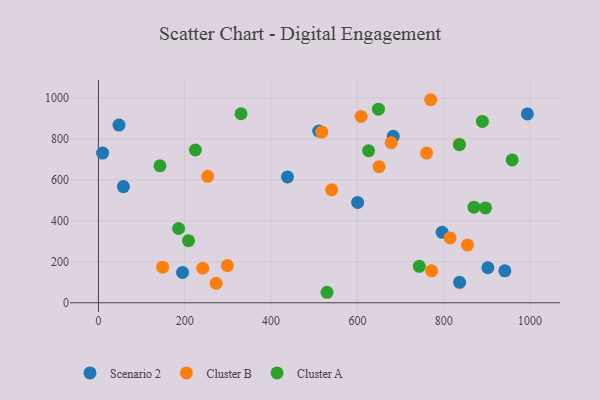
{"axis": {"x": "Speed", "y": "Rating"}, "legend": ["Cluster A", "Cluster B", "Scenario 2"], "data": [{"x": "438.0", "y": 614.2, "type": "Scenario 2"}, {"x": "194.9", "y": 148.1, "type": "Scenario 2"}, {"x": "836.8", "y": 99.5, "type": "Scenario 2"}, {"x": "600.6", "y": 489.5, "type": "Scenario 2"}, {"x": "47.7", "y": 867.1, "type": "Scenario 2"}, {"x": "993.9", "y": 921.4, "type": "Scenario 2"}, {"x": "683.0", "y": 812.0, "type": "Scenario 2"}, {"x": "9.7", "y": 730.4, "type": "Scenario 2"}, {"x": "941.7", "y": 155.8, "type": "Scenario 2"}, {"x": "796.4", "y": 343.5, "type": "Scenario 2"}, {"x": "902.3", "y": 170.9, "type": "Scenario 2"}, {"x": "510.3", "y": 837.9, "type": "Scenario 2"}, {"x": "57.9", "y": 566.8, "type": "Scenario 2"}, {"x": "253.1", "y": 617.0, "type": "Cluster B"}, {"x": "760.3", "y": 730.5, "type": "Cluster B"}, {"x": "678.3", "y": 780.7, "type": "Cluster B"}, {"x": "517.4", "y": 832.8, "type": "Cluster B"}, {"x": "241.6", "y": 168.4, "type": "Cluster B"}, {"x": "148.6", "y": 173.6, "type": "Cluster B"}, {"x": "855.1", "y": 281.8, "type": "Cluster B"}, {"x": "272.8", "y": 94.9, "type": "Cluster B"}, {"x": "540.5", "y": 551.2, "type": "Cluster B"}, {"x": "650.2", "y": 663.9, "type": "Cluster B"}, {"x": "836.2", "y": 773.9, "type": "Cluster B"}, {"x": "814.9", "y": 316.6, "type": "Cluster B"}, {"x": "298.8", "y": 181.3, "type": "Cluster B"}, {"x": "608.6", "y": 908.7, "type": "Cluster B"}, {"x": "772.0", "y": 156.0, "type": "Cluster B"}, {"x": "769.8", "y": 990.6, "type": "Cluster B"}, {"x": "870.1", "y": 466.5, "type": "Cluster A"}, {"x": "743.5", "y": 177.8, "type": "Cluster A"}, {"x": "889.7", "y": 884.7, "type": "Cluster A"}, {"x": "330.4", "y": 922.2, "type": "Cluster A"}, {"x": "896.9", "y": 462.8, "type": "Cluster A"}, {"x": "648.8", "y": 944.7, "type": "Cluster A"}, {"x": "529.6", "y": 51.2, "type": "Cluster A"}, {"x": "958.7", "y": 696.9, "type": "Cluster A"}, {"x": "836.4", "y": 770.9, "type": "Cluster A"}, {"x": "142.6", "y": 668.1, "type": "Cluster A"}, {"x": "185.7", "y": 362.3, "type": "Cluster A"}, {"x": "224.6", "y": 745.2, "type": "Cluster A"}, {"x": "208.7", "y": 303.0, "type": "Cluster A"}, {"x": "625.9", "y": 741.6, "type": "Cluster A"}]}